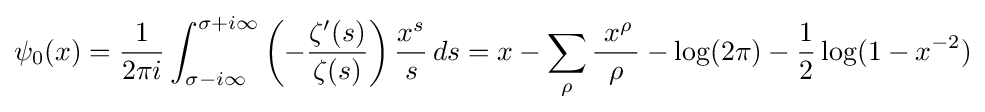
\psi _{0}(x)={\dfrac {1}{2\pi i}}\int _{\sigma -i\infty }^{\sigma +i\infty }\left(-{\dfrac {\zeta '(s)}{\zeta (s)}}\right){\dfrac {x^{s}}{s}}\,ds=x-\sum _{\rho }{\frac {~x^{\rho }\,}{\rho }}-\log(2\pi )-{\dfrac {1}{2}}\log(1-x^{-2})